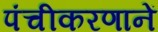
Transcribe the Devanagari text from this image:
पंचीकरणानें